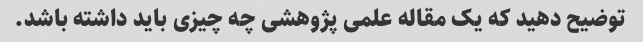
توضیح دهید که یک مقاله علمی پژوهشی چه چیزی باید داشته باشد.